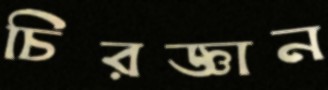
চিরজ্ঞান